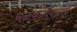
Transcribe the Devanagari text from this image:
चळवळींवरील